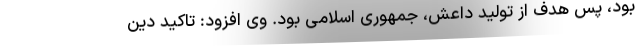
بود، پس هدف از تولید داعش، جمهوری اسلامی بود. وی افزود: تاکید دین